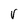
Character: V